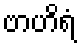
ဗာဟိရံ